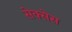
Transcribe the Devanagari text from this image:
सेक्सेस